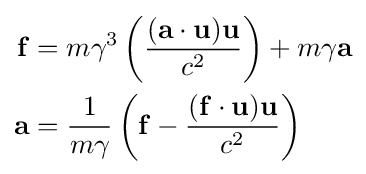
{\begin{aligned}\mathbf {f} &=m\gamma ^{3}\left({\frac {(\mathbf {a} \cdot \mathbf {u} )\mathbf {u} }{c^{2}}}\right)+m\gamma \mathbf {a} \\\mathbf {a} &={\frac {1}{m\gamma }}\left(\mathbf {f} -{\frac {(\mathbf {f} \cdot \mathbf {u} )\mathbf {u} }{c^{2}}}\right)\end{aligned}}